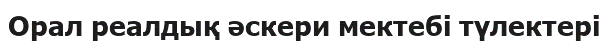
Орал реалдық әскери мектебі түлектері